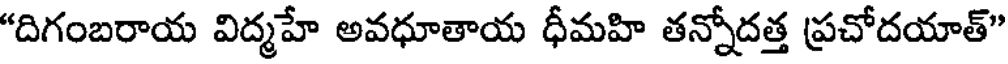
"దిగంబరాయ విద్మహే అవధూతాయ ధీమహి తన్నోదత్త ప్రచోదయాత్"